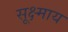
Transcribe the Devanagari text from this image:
सूक्ष्माय